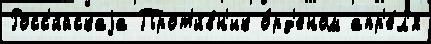
Росс'и́йскаjа Прот'и́вн'ик о́рд'еном апр'е́л'я